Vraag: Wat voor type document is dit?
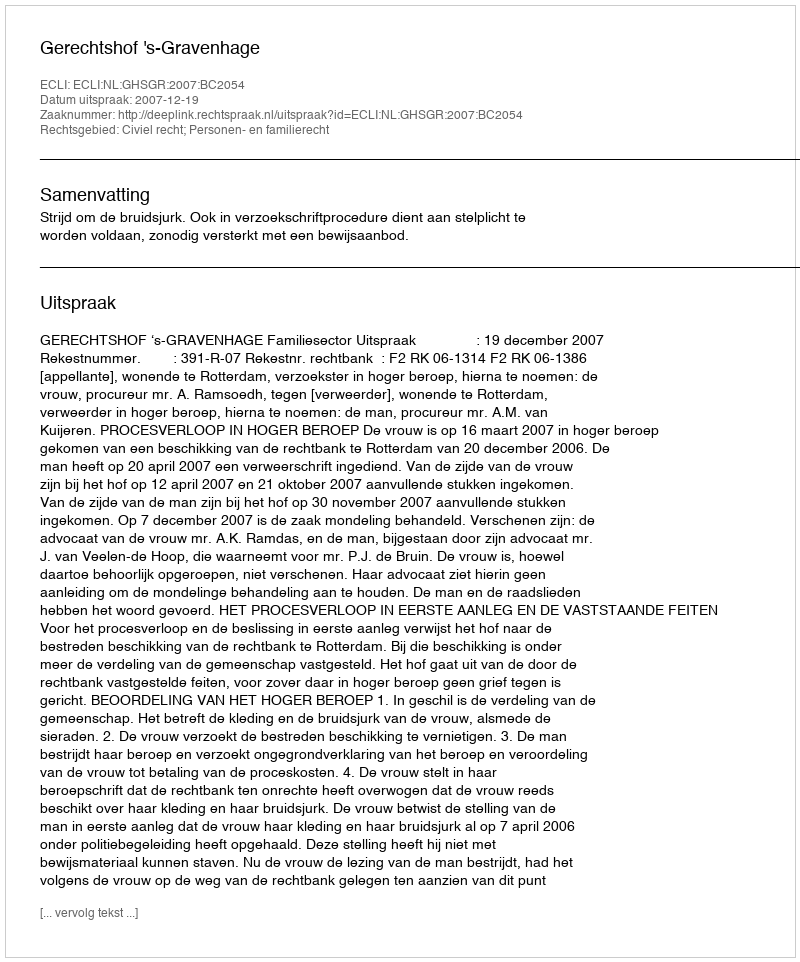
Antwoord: Uitspraak